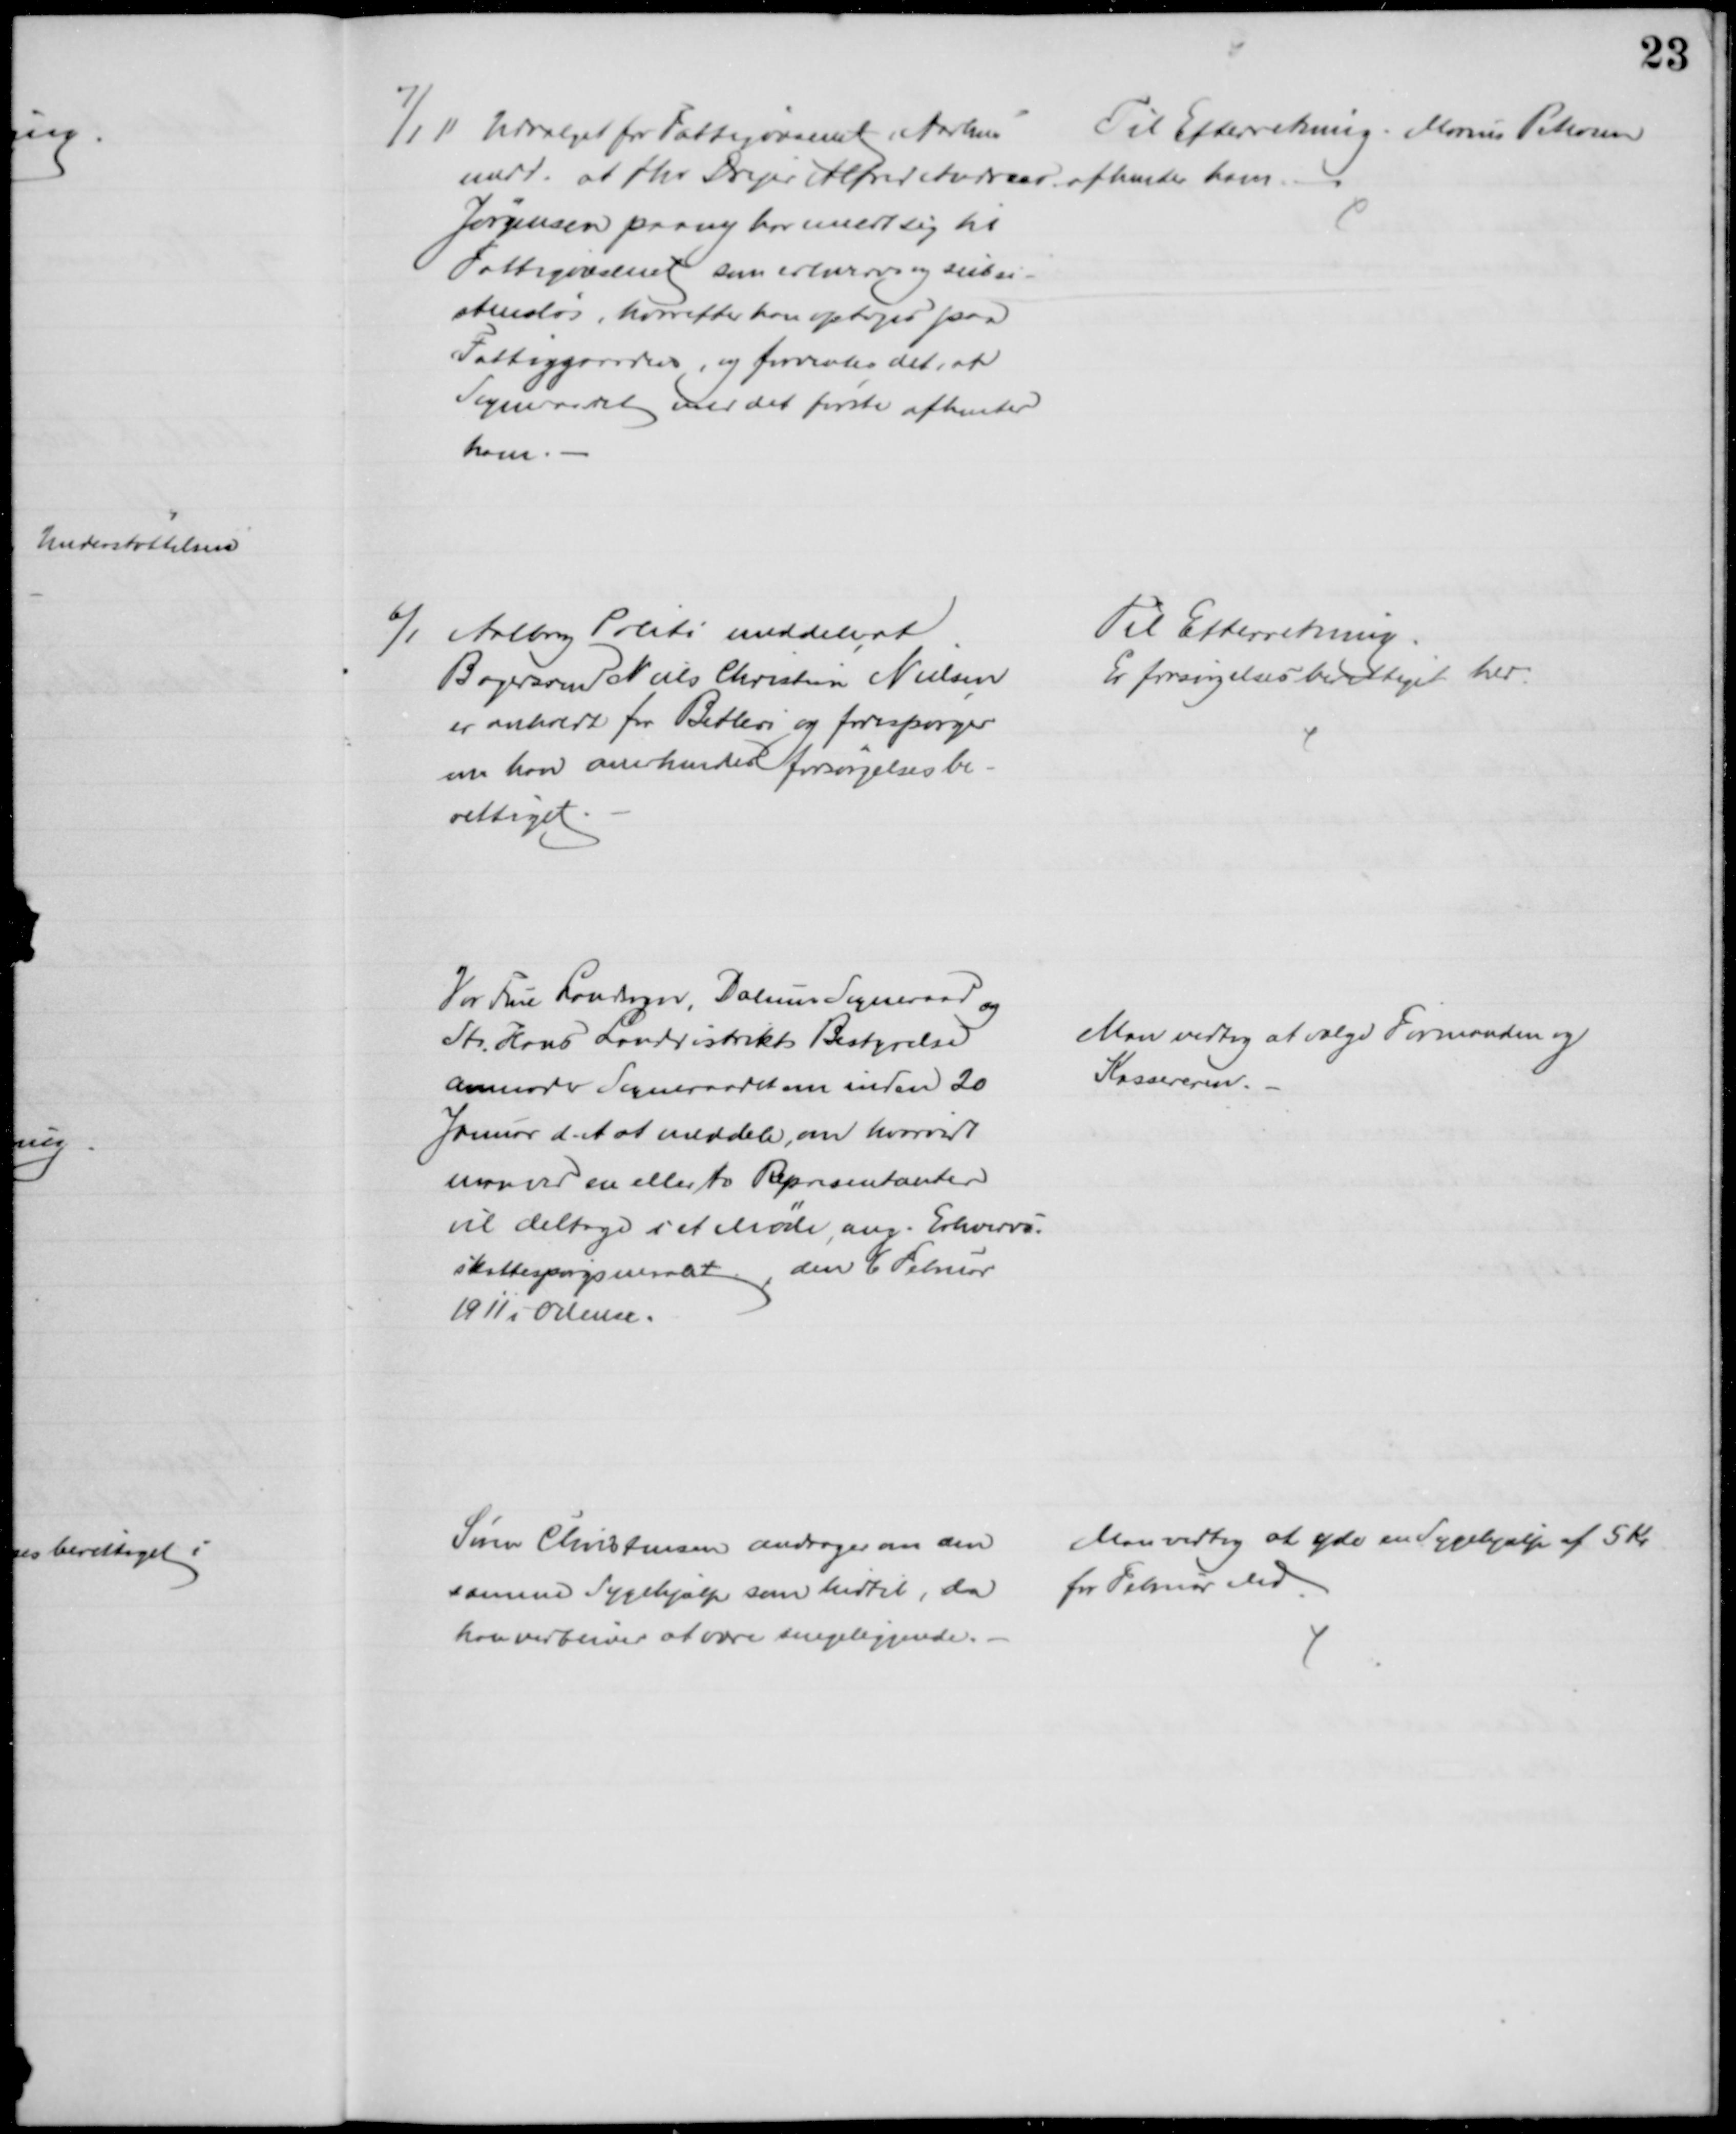
Transskription:
7/1 11. Udvalget for Fattigvæsenet i Aarhus
medd. at fhv. Drejer Alfred Andreas
Jørgensen paany har meldt sig til
Fattigvæsenet som erhvervs og subsi-
stensløs, hvorefter han optoges paa
Fattiggården, og forventes det, at
Sogneraadet med det første afhenter
ham.
Til Efterretning. Marius Petersen
afhenter ham
6/1 Aalborg Politi meddeler, at
Bagersvend Niels Christian Nielsen
er anholdt for Betleri og forespørger
om han anerkendes forsørgelsesbe-
rettiget
Til Efterretning.
Er forsøgelsesberettiget her.
Vor Frue Landsogn, Dalum Sogneraad og
St. Hans Landdistrikts Bestyrelse
anmoder Sogneraadet om inden 20
Januar d. A. at meddele, om hvorvidt
man ved en eller to Repræsentanter
vil deltage i et Møde, ang. Erhvervs-
skattespørgsmaalet, den 6 Februar
1911 i Odense.
Man vedtog at vælge Formanden og
Kassereren.
Søren Christensen andrager om den
samme Sygehjælp som hidtil, da
han vedbliver at være sengeliggende.
Man vedtog at yde en Sygehjælp af 5 Kr.
for Februar Md